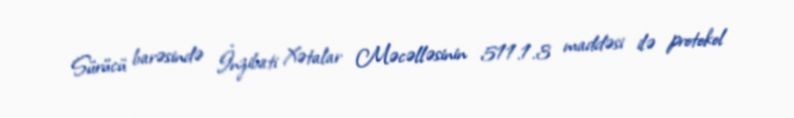
Sürücü barəsində İnzibati Xətalar Məcəlləsinin 511.1.3 maddəsi ilə protokol